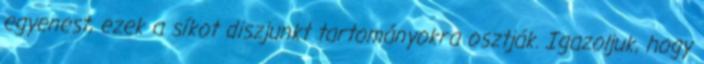
egyenest, ezek a síkot diszjunkt tartományokra osztják. Igazoljuk, hogy